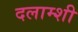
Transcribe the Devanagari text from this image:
दलाम्शी